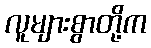
လူများစွာတို့က